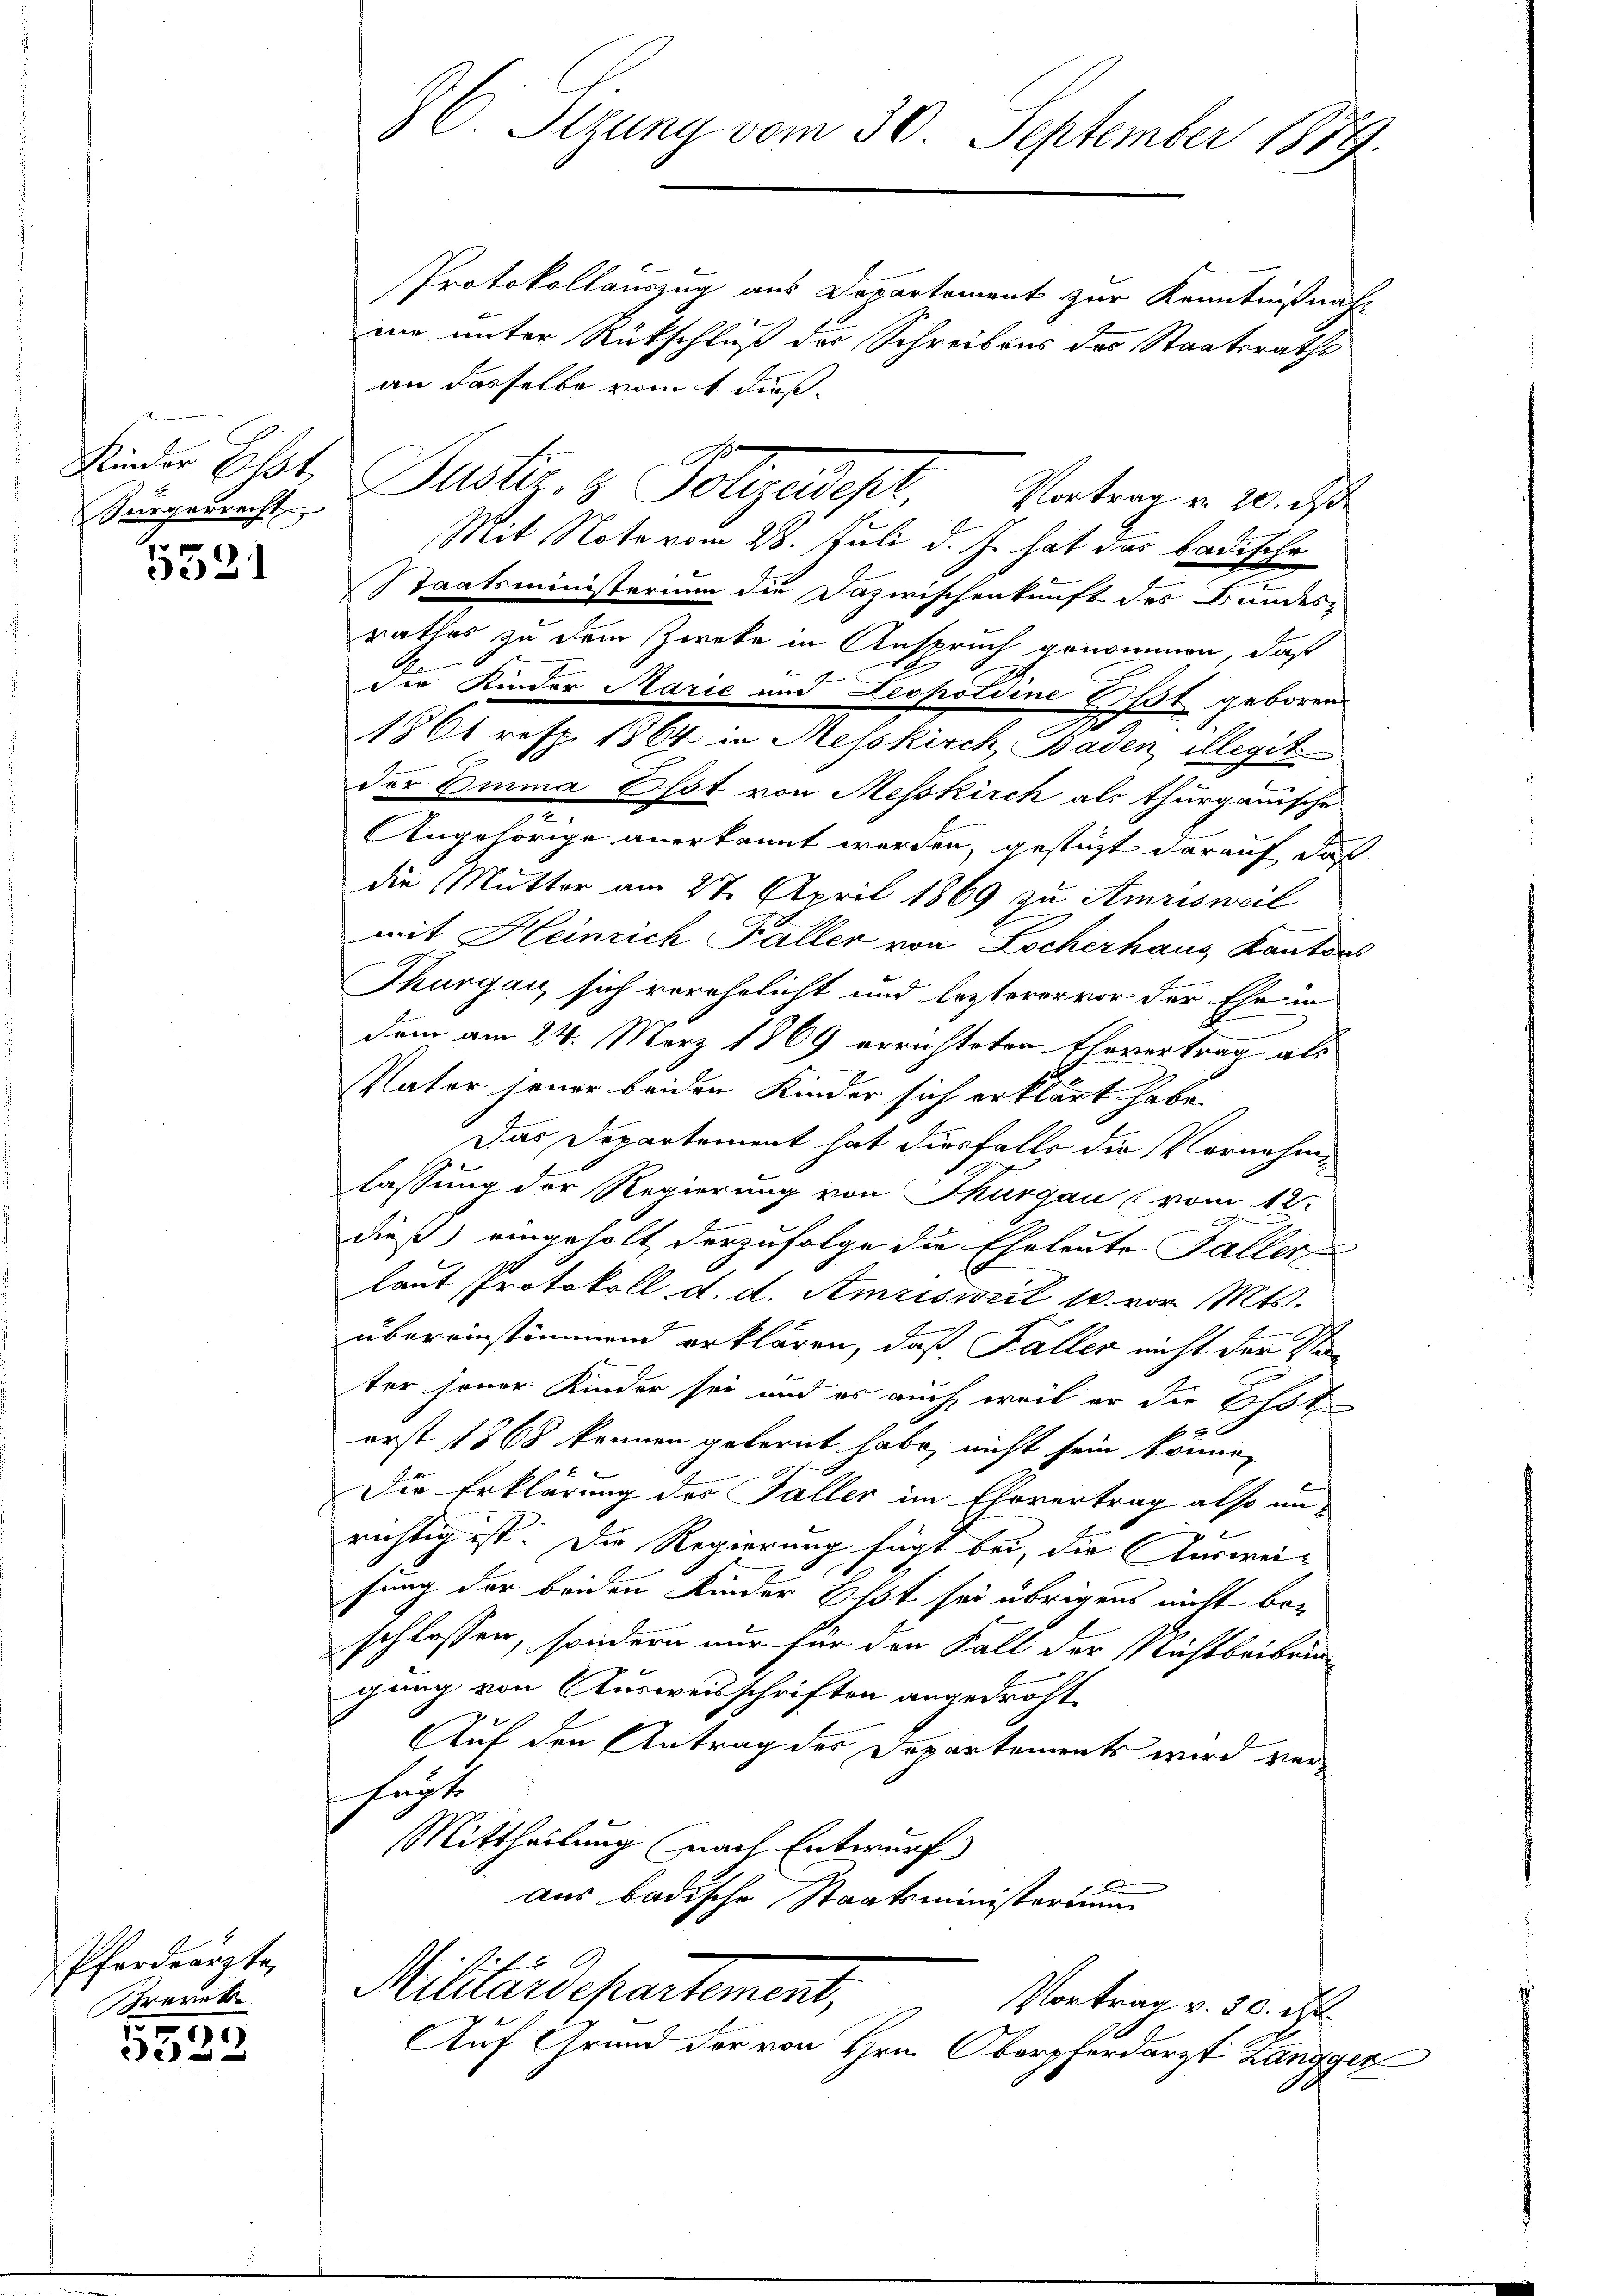
Gurgerrecht

5521

Pferdrärzte,
Brarek
5.

2

8C. Sizung vom 30. September 1879.

Protokollauszug aus Departement zur Kenntnißnah-
nn unter Rückschluß der Schreibens des Staatsraths
an dasselbe vom 1. dieß.
Mit Note vom 28. Juli d. Js. hat das badischen
Staatsministerium die Dazwischenkunft des Bundesrathes zu dem Zweke in Anspruch genommen, daß
der Kinder Marie und Leopoldine Oft geboren
1861 resp. 1864 in Messkirch, Baden illegit
der Emma hot von Messkirch als thurgauische
Angehörige anerkannt werden, gestützt darauf das
die Mutter am 27. April 1869 zu Amrisweil
mit Heinrich Faller von Locherhaus, Kanton
Thurgau sich verehelicht und lezterer vor der Ehe in
dem am 24. März 1869 errichteten Ehevertrag als
Vater jener beiden Kinder sich erklärt habe.
Das Departement hat diesfalls die Vornehmlassung der Regierung von Thurgau (vom 12.
dieß) eingeholt derzufolge die Eheleute Faller
laut Protokoll d. d. Amriswil 18. vor. Mts.
übereinstimmend erklären, daß Faller nicht der Nab
ter jener Kinder sei und es auch weil er die Ost
erst 1868 können gelernt habe, nicht sein könne,
Die Erklärung des Faller im Ehevertrag also un-
x
.
richtig ist. Die Regierung fügt bei, die Sterweifung der beiden Kinder Erst sei übrigens nicht beschlossen, sondern nur für den Fall der Nichtbeibringung von Ausweisschriften angedroht.
Auf den Antrag des Departements wird verhucht
Mittheilung nach Entwurf
aus badische Staatsministerium
Militärdepartement,
Vortrag v. 20. M
Auf Grund der von Hrn. Oborpherdarzt Zangger

Feder Est. Justiz & Polizeidept, Vorter v. 20. i